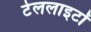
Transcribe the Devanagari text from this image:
टेललाइटों